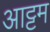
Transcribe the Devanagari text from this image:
आट्टम